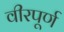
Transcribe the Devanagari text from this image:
वीरपूर्ण